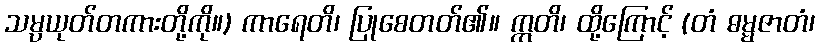
သမ္ပယုတ်တကားတို့ကို။) ကာရေတိ၊ ပြုစေတတ်၏။ ဣတိ၊ ထို့ကြောင့် (တံ ဓမ္မဇာတံ၊